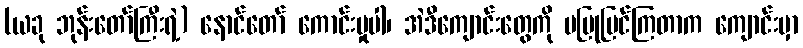
(ယခု ဘုန်းတော်ကြီးရဲ့) နောင်တော် ကောင်းမှုပါ၊ အဲဒီကျောင်းတွေကို မပြုပြင်ကြတာက ကျောင်းမှာ